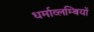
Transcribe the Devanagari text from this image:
धर्माव्लम्बियों